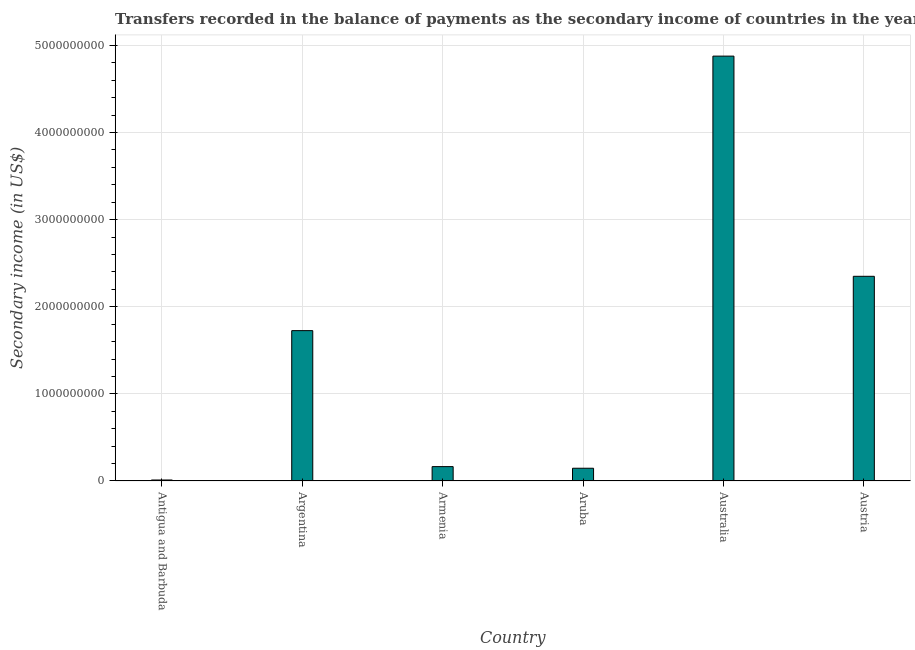
| Country | Secondary income |
 | --- | --- |
 | Antigua and Barbuda | 1.14e+07 |
 | Argentina | 1.73e+09 |
 | Armenia | 1.65e+08 |
 | Aruba | 1.46e+08 |
 | Australia | 4.88e+09 |
 | Austria | 2.35e+09 |